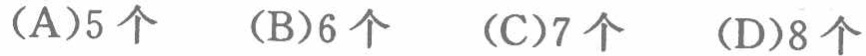
(A)5 个  (B)6 个  (C)7 个  (D)8 个